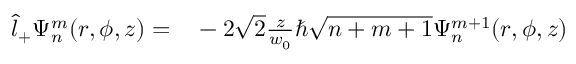
\begin{array} { r l } { \hat { l } _ { + } \Psi _ { n } ^ { m } ( r , \phi , z ) = } & { { } - 2 \sqrt { 2 } \frac { z } { w _ { 0 } } \hbar \sqrt { n + m + 1 } \Psi _ { n } ^ { m + 1 } ( r , \phi , z ) } \end{array}